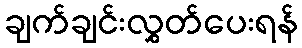
ချက်ချင်းလွှတ်ပေးရန်